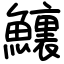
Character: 𩼆